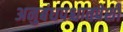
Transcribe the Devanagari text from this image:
अनुबंधपश्चातपेशी